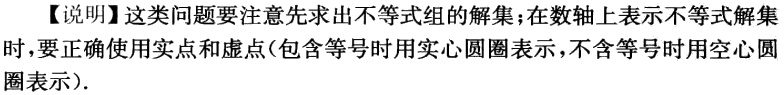
【说明】这类问题要注意先求出不等式组的解集；在数轴上表示不等式解集时，要正确使用实点和虚点(包含等号时用实心圆圈表示，不含等号时用空心圆圈表示).